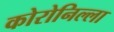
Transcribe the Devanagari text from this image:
कोरोनिल्ला